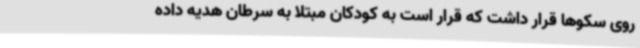
روی سکوها قرار داشت که قرار است به کودکان مبتلا به سرطان هدیه داده